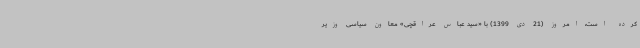
کرده است، امروز (21 دی 1399) با «سید عباس عراقچی» معاون سیاسی وزیر